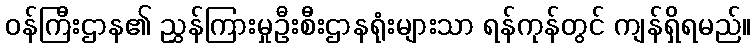
ဝန်ကြီးဌာန၏ ညွှန်ကြားမှုဦးစီးဌာနရုံးများသာ ရန်ကုန်တွင် ကျန်ရှိရမည်။